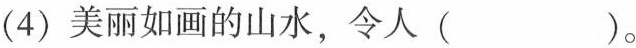
(4)美丽如画的山水，令人( )